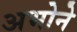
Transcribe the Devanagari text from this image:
अभोने